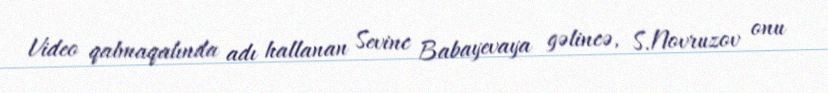
Video qalmaqalında adı hallanan Sevinc Babayevaya gəlincə, S.Novruzov onu